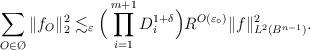
LaTeX: \begin{align*} \sum_{O \in \O} \|f_{O}\|_2^{2} \lesssim_{\varepsilon} \Big(\prod_{i = 1}^{m + 1} D_{i}^{1 + \delta}\Big) R^{O(\varepsilon_{\circ})}\|f\|_{L^2(B^{n-1})}^{2}. \end{align*}